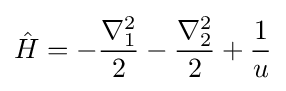
{\hat {H}}=-{\frac {\nabla _{1}^{2}}{2}}-{\frac {\nabla _{2}^{2}}{2}}+{\frac {1}{u}}